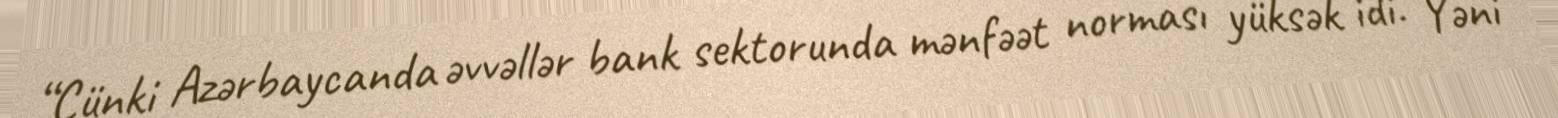
“Çünki Azərbaycanda əvvəllər bank sektorunda mənfəət norması yüksək idi. Yəni